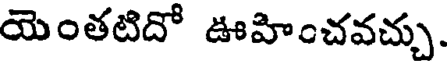
యెంతటిదో ఊహించవచ్చు.